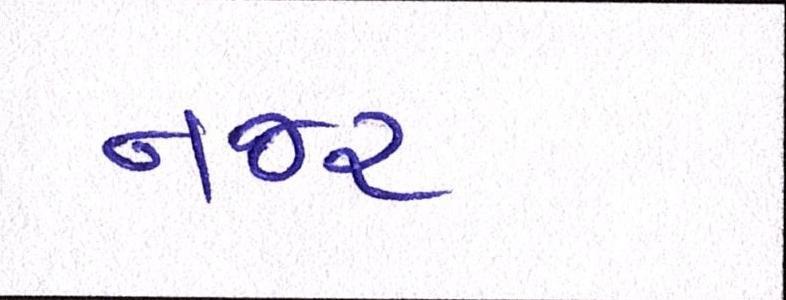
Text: નજર